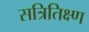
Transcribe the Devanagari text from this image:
सत्रितिक्ष्ण